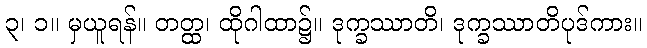
၃၊ ၁။ မှယူရန်။ တတ္ထ၊ ထိုဂါထာ၌။ ဒုက္ခဿာတိ၊ ဒုက္ခဿာတိပုဒ်ကား။